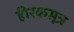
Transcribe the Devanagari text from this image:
हीरकसूत्र